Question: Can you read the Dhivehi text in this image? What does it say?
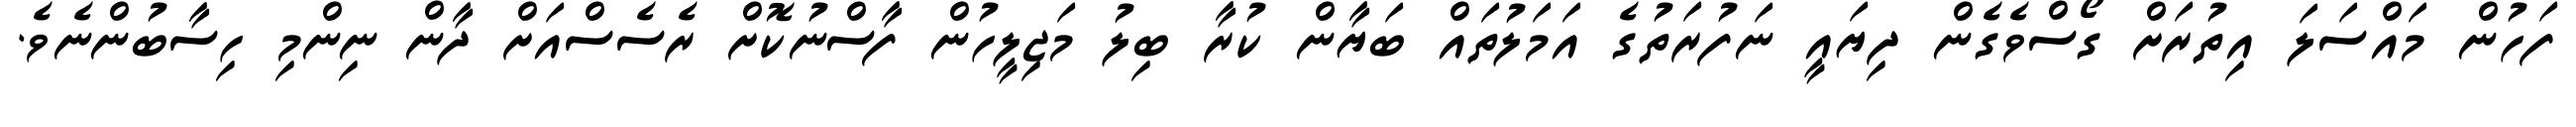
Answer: ފަހުން މައްސަލަ އިތުރަށް ގޯސްވެގެން ދިޔައީ ނަފުރަތުގެ އަމަލުތައް ބަޔާން ކުރާ ބިލު މަޖިލީހުން ފާސްނުކޮށް ރެސެސްއަށް ދާން ނިންމި ހިސާބުންނެވެ.